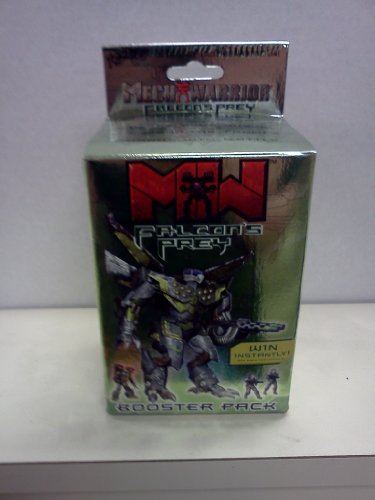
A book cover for MechWarrior Falcon's Prey Booster Pack; Various; Science Fiction & Fantasy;